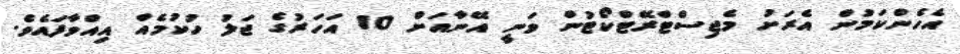
އެހެންކަމުން އެރަށު މެޖިސްޓްރޭޓްކޯޓުން ވަނީ އޭނާއަށް 10 އަހަރުގެ ޖަލު ހުކުމެއް އިއްވާފައެވެ.